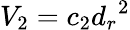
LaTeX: V_{2}={c_{2}}{d_{r}}^{2}